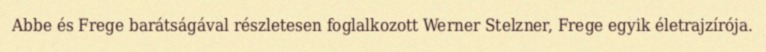
Abbe és Frege barátságával részletesen foglalkozott Werner Stelzner, Frege egyik életrajzírója.